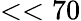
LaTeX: <<70